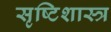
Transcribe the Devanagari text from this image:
सृष्टिशास्त्र